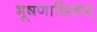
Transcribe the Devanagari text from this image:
भूषणादिकम्